Rongu_vallavalitsus, lk 18
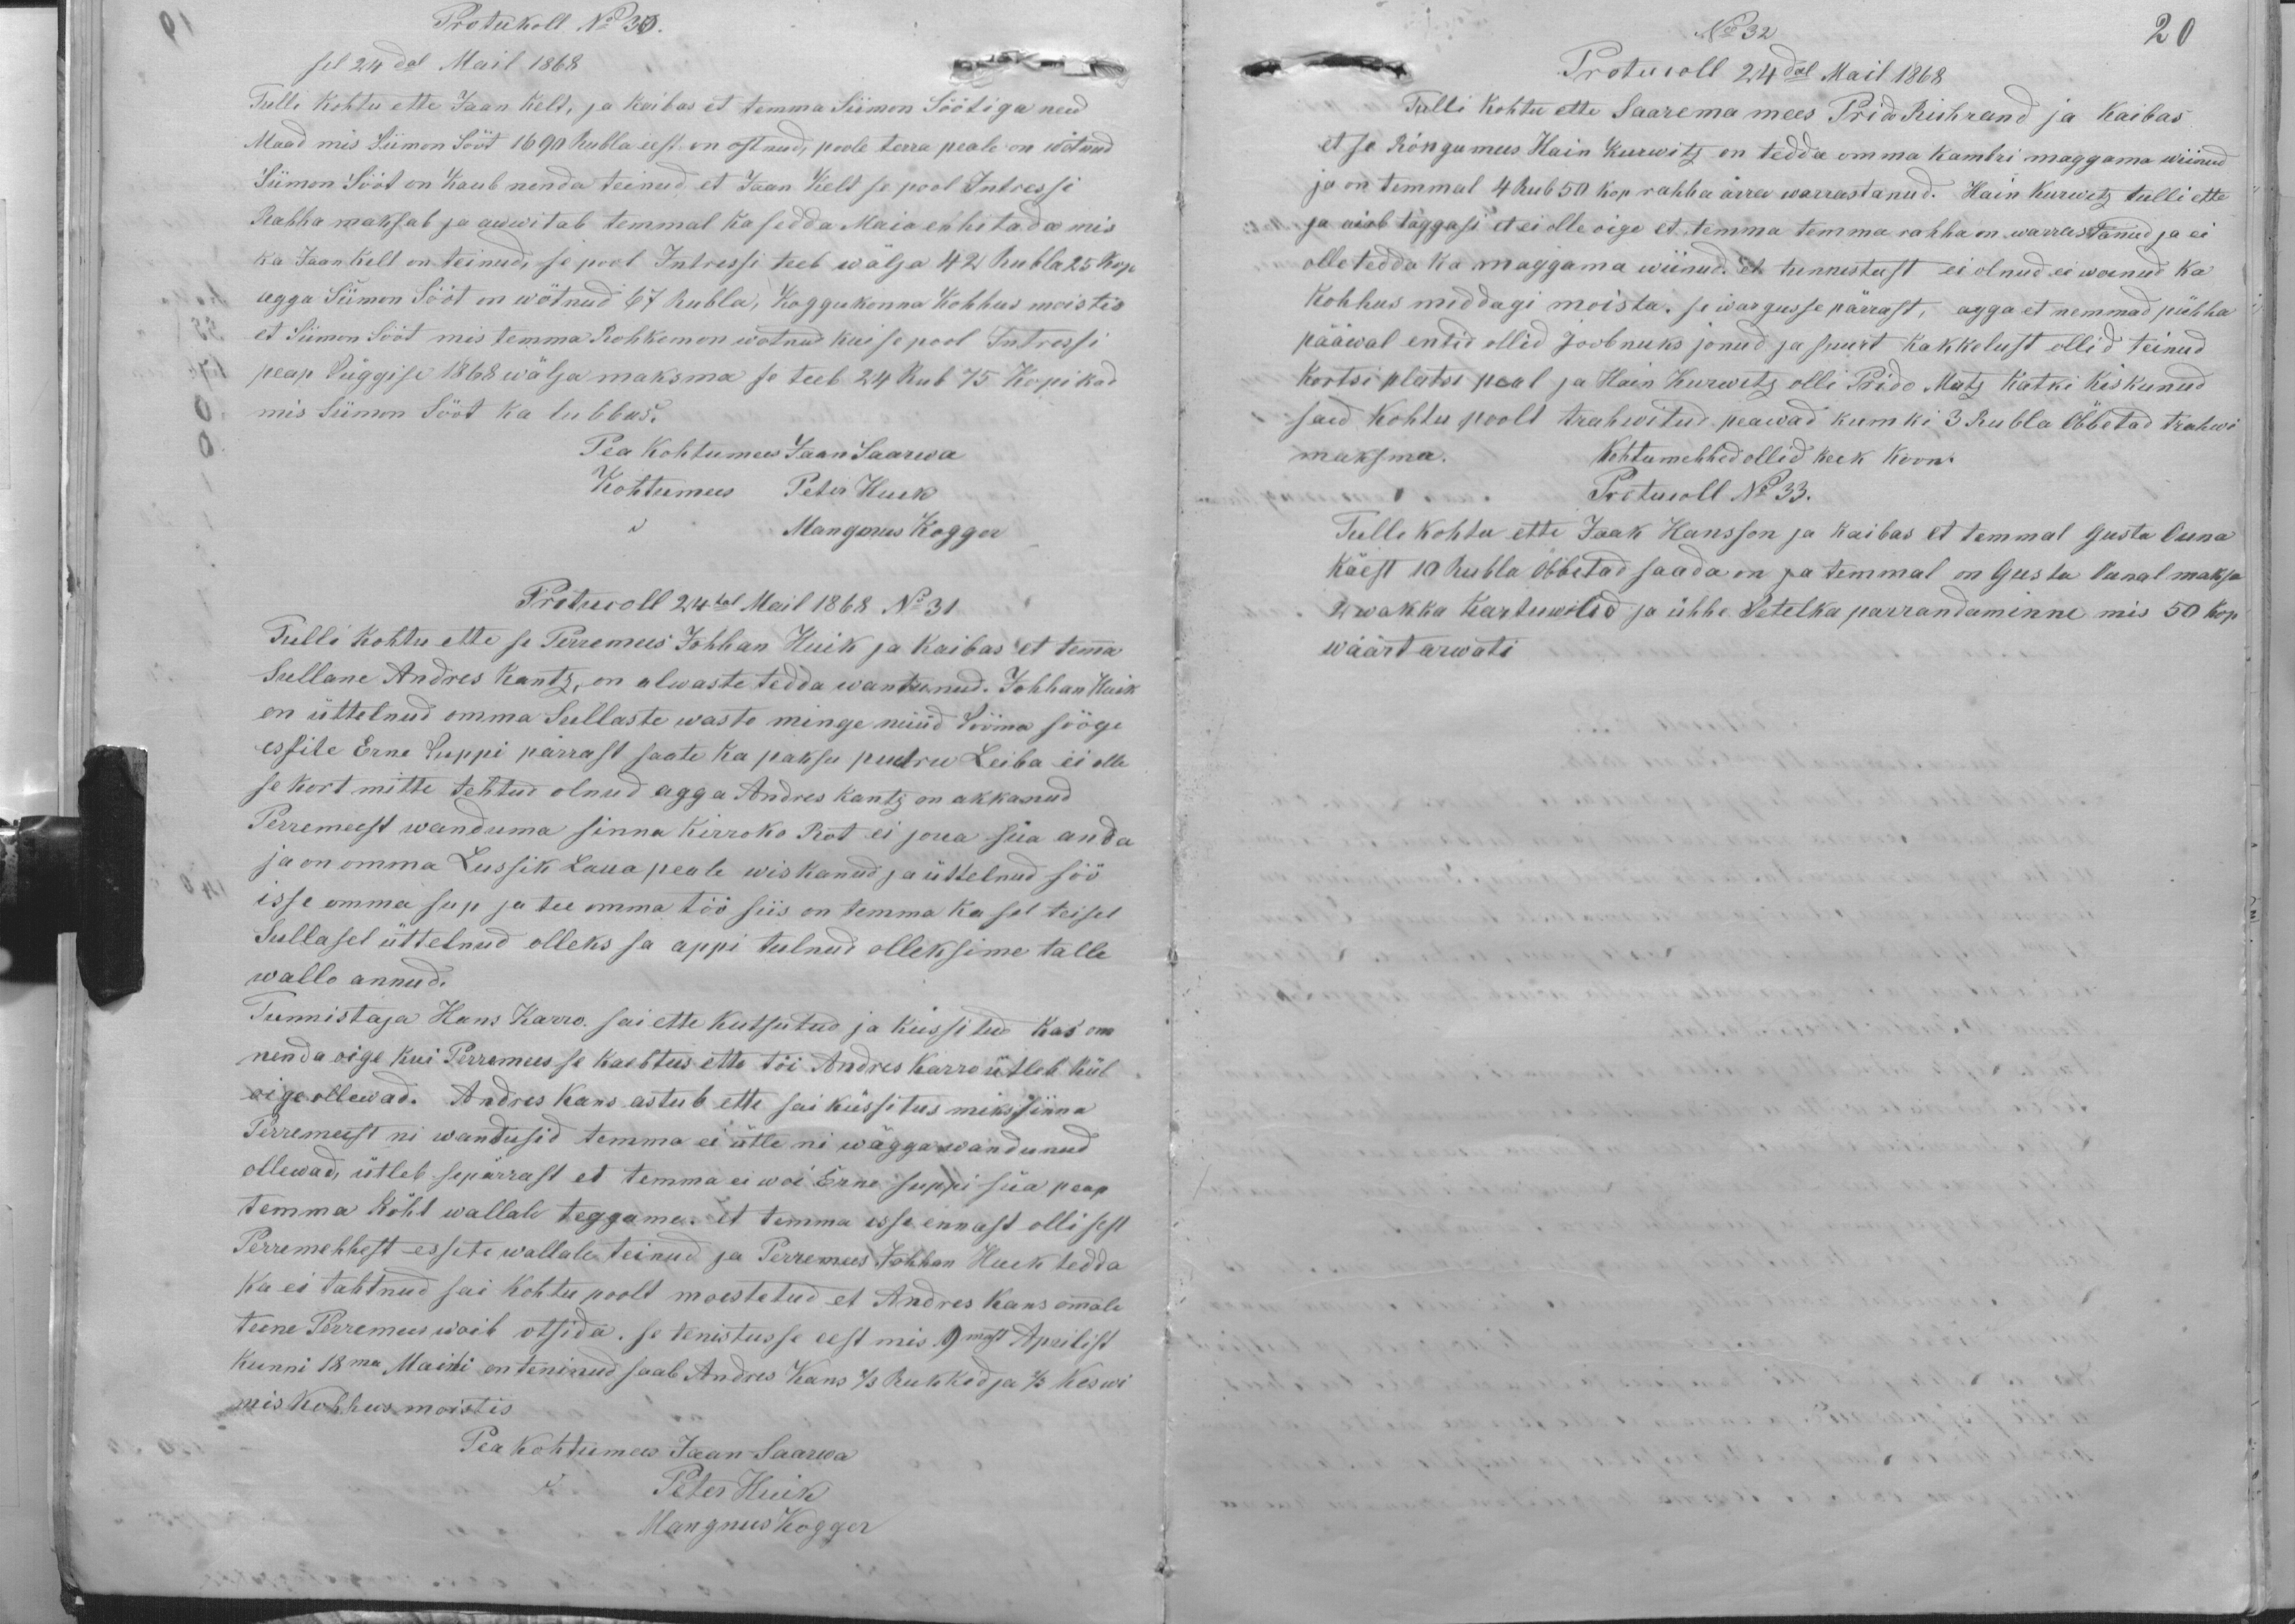
Protukoll No 30.
sel 24dal Mail 1868
Tulli kohtu ette Jaan Kelt, ja kaibas et temma Siimon Söötiga need
Maad mis Siimon Sööt 1690 rubla eest on ostnud, poole terra peale on wõtnud
Siimon Sööt on Kaub nenda teinud, et Jaan Kelt se pool Intressi
Rahha maksab ja awwitab temmal ka sedda Maia ehhitada mis
ka Jaan Kell on teinud, se pool Intressi teeb wälja 42 Rubla 25 kop
agga Siimon Sööt on wõtnud 67 rubla, Koggukonna Kohhus moistis
et Siimon sööt mis temma Rohkem on wotnud kui se pool Intressi
peap süggise 1868 wälja maksma se teeb 24 Rub 75 kopikad
mis Siimon Sööt ka lubbas.
Pea Kohtumees Jaan Saarwa
Kohtumees Peter Huik
do Mangmus Kogger
Protucoll 24tal Mail 1868 No 31
Tulli kohtu ette se Perremees Johhan Huik ja kaibas et temma
Sullane Andres Kantz, on alwaste tedda wantunud. Johhan Huik
on üttelnud omma Sullaste wasto minge nüüd Sööma sööge
essite Erne Suppi pärrast saate ka paksu pudru Leiba ei olle
se kort mitte tehtud olnud agga Andres Kantz on akkanud
Perremeest wanduma sinna Kirroko Rot ei joua süa anda
ja on omma Lussik Laua peale wiskanud ja üttelnud söö
isse omma sup ja tee omma töö siis on temma ka sel teisel
Sullasel üttelnud olleks sa appi tulnud oleksime talle
wallo annud.
Tunnistaja Hans Karro. sai ette kutsutud ja küssitud kas om
nenda oige kui Perremees se kaebtus ette tõi Andres Karro ütleb kül
oige ollewad. Andres Kans astub ette sai küssitus miks sinna
Perremeest ni wandusid temma ei ütle nii wägga wandunud
ollewad, ütleb sepärrast et temma ei woi Erne suppi süa peap
temma kõht wallale teggame. et temma esse ennast olli sest
Perremehhest essiti wallale teinud ja Perremees Johhan Huik tedda
ka ei tahtnud sai kohtu poolt moestetud et Andres Kans ommale
teene Perremees woib otsida. se tenistusse eest mis 9mast Aprilist
kunni 18ma Maini on teninud saab Andres Kans 2/3 Rukkid ja 2/3 Keswi
mis Kohhus moistis.
Pea Kohtumees Jaan Saarwa
do Peter Huik
Mangnus Kogger

20
No 32
Protucoll 24dal Mail 1868
Tulli kohtu ette Saarema mees Prido Riihrand ja kaibas
et se Rõngu mees Hain Kurwitz on tedda omma kambri maggama wiinud
ja on temmal 4 Rub 50 kop rahha ärra warrastanud. Hain Kurvitz tulli ette
ja aiab taggasi et ei olle oige et temma temma rahha on warrastanud ja ei
olle tedda ka maggama wiinud, et tunnistust ei oln.d ei woenud ka
kohhus middagi moista. se wargusse parrast, agga et nemmad pühha
pääwal entid ollid joobnuks jonud ja suurt kakkelust ollid teinud
kortsi platsi peal ja Hain Kurwitz olli Prido Mutz katki kiskunud
said kohtu poolt trahwitud peawad kumki 3 Rubla Öbbetad trahwi
maksma.
Kohtumehhed ollid keek koon.
Protucoll No 33.
Tulle kohtu ette Jaak Hansson ja kaibas et temmal Gusta Ouna
käest 10 Rubla Öbbetad saada on ja temmal on Gusta Ounal maksa
4 wakka kartuwilid ja ühhe Setelka parrandaminne mis 50 kop
wäärt arwati